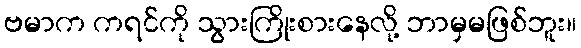
ဗမာက ကရင်ကို သွားကြိုးစားနေလို့ ဘာမှမဖြစ်ဘူး။